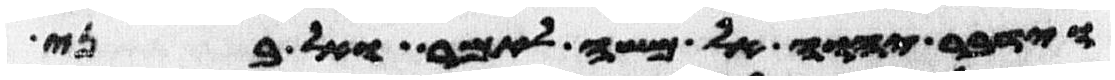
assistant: וידבר יהוה אל משה לאמר ואל בני